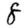
Digit: 8